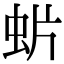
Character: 𧈼